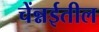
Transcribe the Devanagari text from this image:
चेंन्नईतील